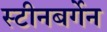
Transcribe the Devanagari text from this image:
स्टीनबर्गेन